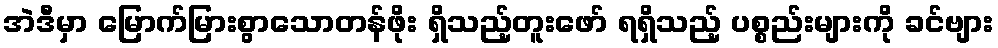
အဲဒီမှာ မြောက်မြားစွာသောတန်ဖိုး ရှိသည့်တူးဖော် ရရှိသည့် ပစ္စည်းများကို ခင်ဗျား